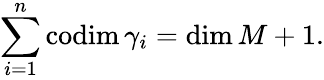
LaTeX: \sum_{i=1}^{n}\mathrm{codim}\, \gamma_{i}=\mathrm{dim}\, M+1.